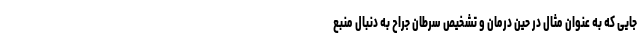
جایی که به عنوان مثال در حین درمان و تشخیص سرطان جراح به دنبال منبع